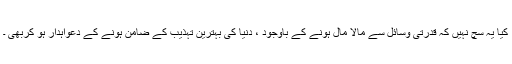
کیا یہ سچ نہیں کہ قدرتی وسائل سے مالا مال ہونے کے باوجود ، دنیا کی بہترین تہذیب کے ضامن ہونے کے دعواہدار ہو کربھی ۔